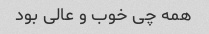
همه چی خوب و عالی بود